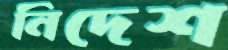
নিদেশ